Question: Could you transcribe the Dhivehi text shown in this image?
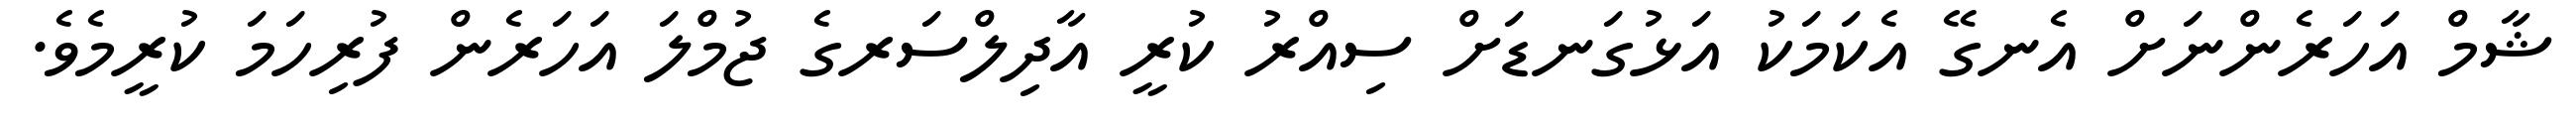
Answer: ޝާމް އަހަރެންނަށް އެނގޭ އެކަމަކު އަޅުގަނޑަށް ސިއްރު ކުރީ އާދިލްސަރގެ ޖުމްލަ އަހަރެން ފުރިހަމަ ކުރީމެވެ.